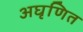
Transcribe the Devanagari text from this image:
अघृणित